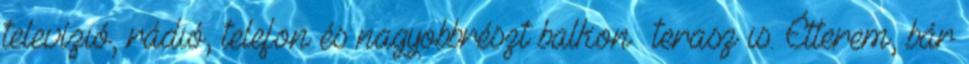
televízió, rádió, telefon és nagyobbrészt balkon terasz is. Étterem, bár